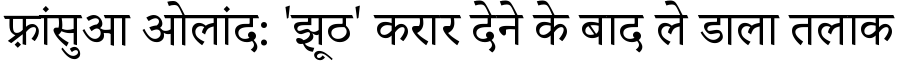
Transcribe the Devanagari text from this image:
फ़्रांसुआ ओलांद: 'झूठ' करार देने के बाद ले डाला तलाक